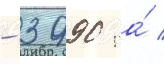
- 3990 га́ /